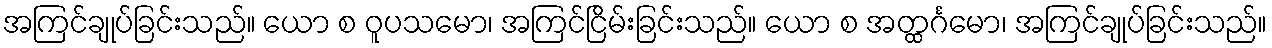
အကြင်ချုပ်ခြင်းသည်။ ယော စ ဝူပသမော၊ အကြင်ငြိမ်းခြင်းသည်။ ယော စ အတ္ထင်္ဂမော၊ အကြင်ချုပ်ခြင်းသည်။